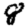
Digit: 8